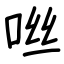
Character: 咝